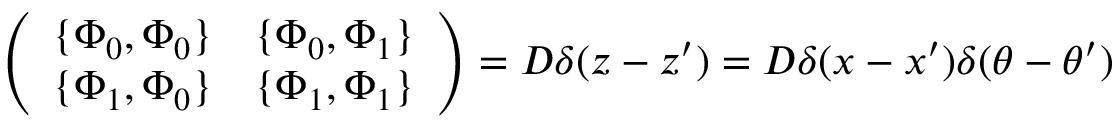
\left( \begin{array} { c c } { { \{ \Phi _ { 0 } , \Phi _ { 0 } \} } } & { { \{ \Phi _ { 0 } , \Phi _ { 1 } \} } } \\ { { \{ \Phi _ { 1 } , \Phi _ { 0 } \} } } & { { \{ \Phi _ { 1 } , \Phi _ { 1 } \} } } \end{array} \right) = { \cal D } \delta ( z - z ^ { \prime } ) = { \cal D } \delta ( x - x ^ { \prime } ) \delta ( \theta - \theta ^ { \prime } )